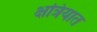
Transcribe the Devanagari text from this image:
क्षत्रियात